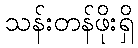
သန်းတန်ဖိုးရှိ